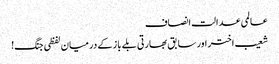
عالمی عدالت انصاف
شعیب اختر اور سابق بھارتی بلے باز کے درمیان لفظی جنگ!